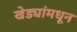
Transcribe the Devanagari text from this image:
खेड्यांमधून